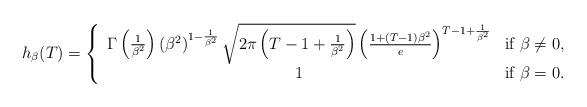
LaTeX: \begin{align*}h_\beta(T)=\left\{\begin{array}{cl} \Gamma\left(\frac{1}{\beta^2}\right)\left(\beta^2\right)^{1-\frac{1}{\beta^2}}\sqrt{2\pi\left(T-1+\frac{1}{\beta^2}\right)} \left(\frac{1+(T-1)\beta^2}{e}\right)^{T-1+\frac{1}{\beta^2}} & \textrm{if }\beta\neq 0, \\ 1 & \textrm{if }\beta=0. \end{array}\right. \\\end{align*}